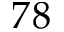
7 8